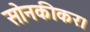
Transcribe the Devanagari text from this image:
सोनकीकर।